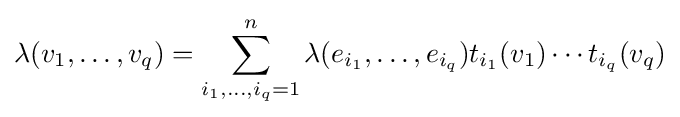
\lambda (v_{1},\dots ,v_{q})=\sum _{i_{1},\dots ,i_{q}=1}^{n}\lambda (e_{i_{1}},\dots ,e_{i_{q}})t_{i_{1}}(v_{1})\cdots t_{i_{q}}(v_{q})